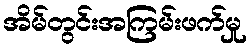
အိမ်တွင်းအကြမ်းဖက်မှု